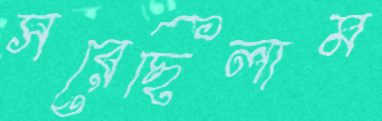
সরেছিলাম